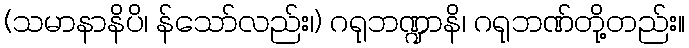
(သမာနာနိပိ၊ န်သော်လည်း၊) ဂရုဘဏ္ဍာနိ၊ ဂရုဘဏ်တို့တည်း။